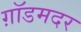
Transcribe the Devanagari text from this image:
ग़ॉडमदर